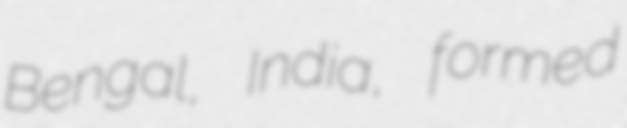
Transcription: Bengal, India, formed